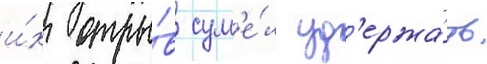
и́х отры́в сум'е́л уд'ержа́ть